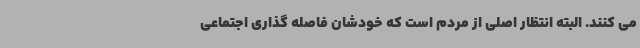
می کنند. البته انتظار اصلی از مردم است که خودشان فاصله گذاری اجتماعی